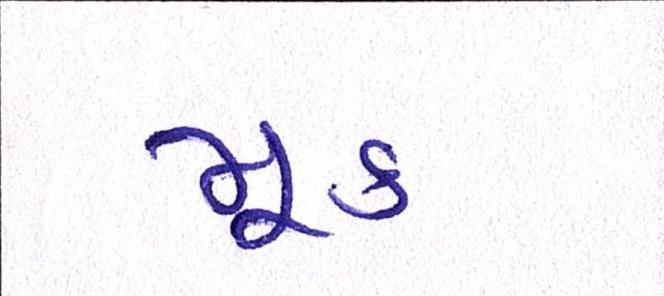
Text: મૂક